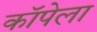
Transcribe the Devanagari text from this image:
कॉपेला